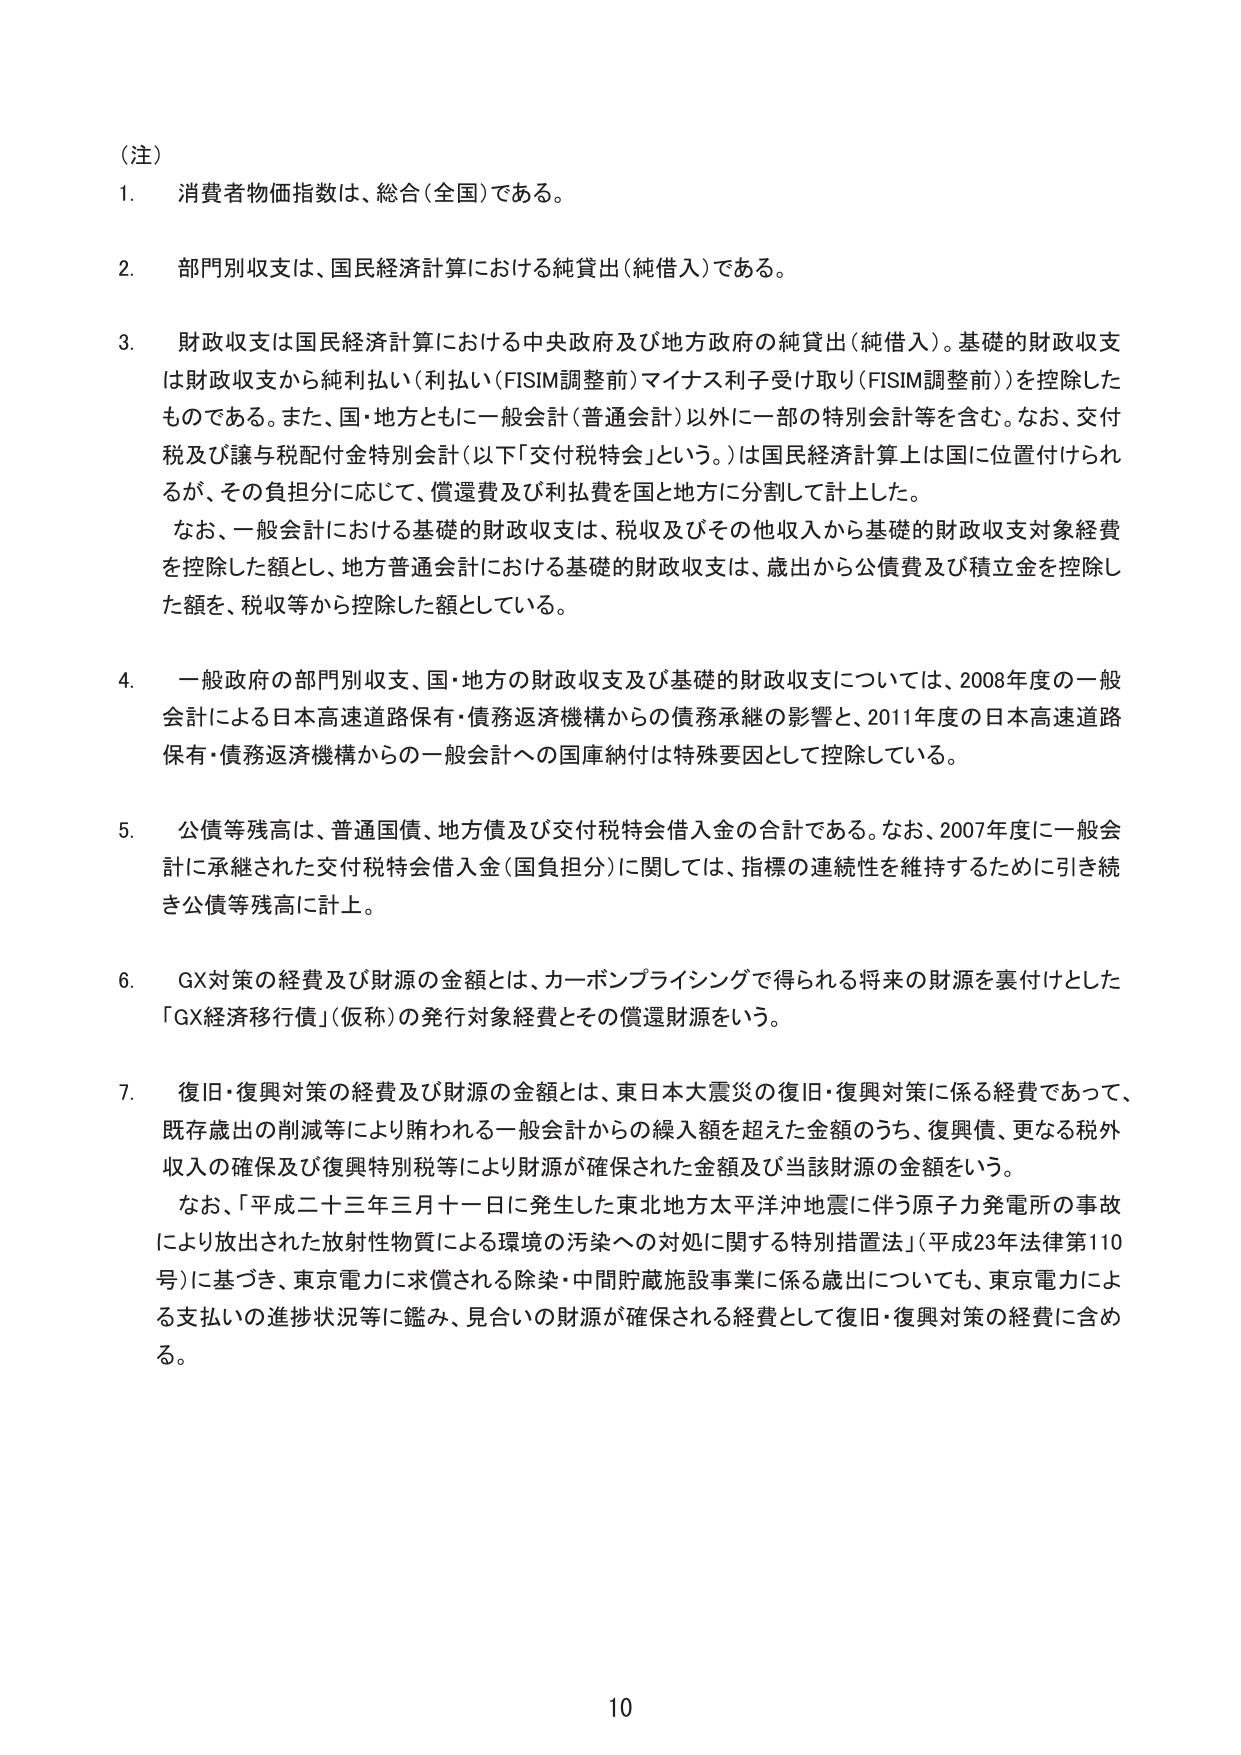
（注）
1. 消費者物価指数は、総合（全国）である。
2. 部門別収支は、国民経済計算における純貸出（純借入）である。
3. 財政収支は国民経済計算における中央政府及び地方政府の純貸出（純借入）。基礎的財政収支は財政収支から純利払い（利払い（FISIM調整前）マイナス利子受け取り（FISIM調整前））を控除したものである。また、国・地方ともに一般会計（普通会計）以外に一部の特別会計等を含む。なお、交付税及び譲与税配付金特別会計（以下「交付税特会」という。）は国民経済計算上は国に位置付けられるが、その負担分に応じて、償還費及び利払費を国と地方に分割して計上した。
　なお、一般会計における基礎的財政収支は、税収及びその他収入から基礎的財政収支対象経費を控除した額とし、地方普通会計における基礎的財政収支は、歳出から公債費及び積立金を控除した額を、税収等から控除した額としている。
4. 一般政府の部門別収支、国・地方の財政収支及び基礎的財政収支については、2008年度の一般会計による日本高速道路保有・債務返済機構からの債務承継の影響と、2011年度の日本高速道路保有・債務返済機構からの一般会計への国庫納付は特殊要因として控除している。
5. 公債等残高は、普通国債、地方債及び交付税特会借入金の合計である。なお、2007年度に一般会計に承継された交付税特会借入金（国負担分）に関しては、指標の連続性を維持するために引き続き公債等残高に計上。
6. GX対策の経費及び財源の金額とは、カーボンプライシングで得られる将来の財源を裏付けとした「GX経済移行債」（仮称）の発行対象経費とその償還財源をいう。
7. 復旧・復興対策の経費及び財源の金額とは、東日本大震災の復旧・復興対策に係る経費であって、既存歳出の削減等により賄われる一般会計からの繰入額を超えた金額のうち、復興債、更なる税外収入の確保及び復興特別税等により財源が確保された金額及び当該財源の金額をいう。
　なお、「平成二十三年三月十一日に発生した東北地方太平洋沖地震に伴う原子力発電所の事故により放出された放射性物質による環境の汚染への対処に関する特別措置法」（平成23年法律第110号）に基づき、東京電力に求償される除染・中間貯蔵施設事業に係る歳出についても、東京電力による支払いの進捗状況等に鑑み、見合いの財源が確保される経費として復旧・復興対策の経費に含める。
10